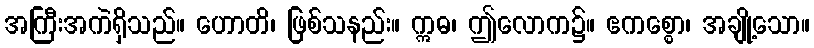
အကြီးအကဲရှိသည်။ ဟောတိ၊ ဖြစ်သနည်း။ ဣဓ၊ ဤလောက၌။ ဧကစ္စော၊ အချို့သော။